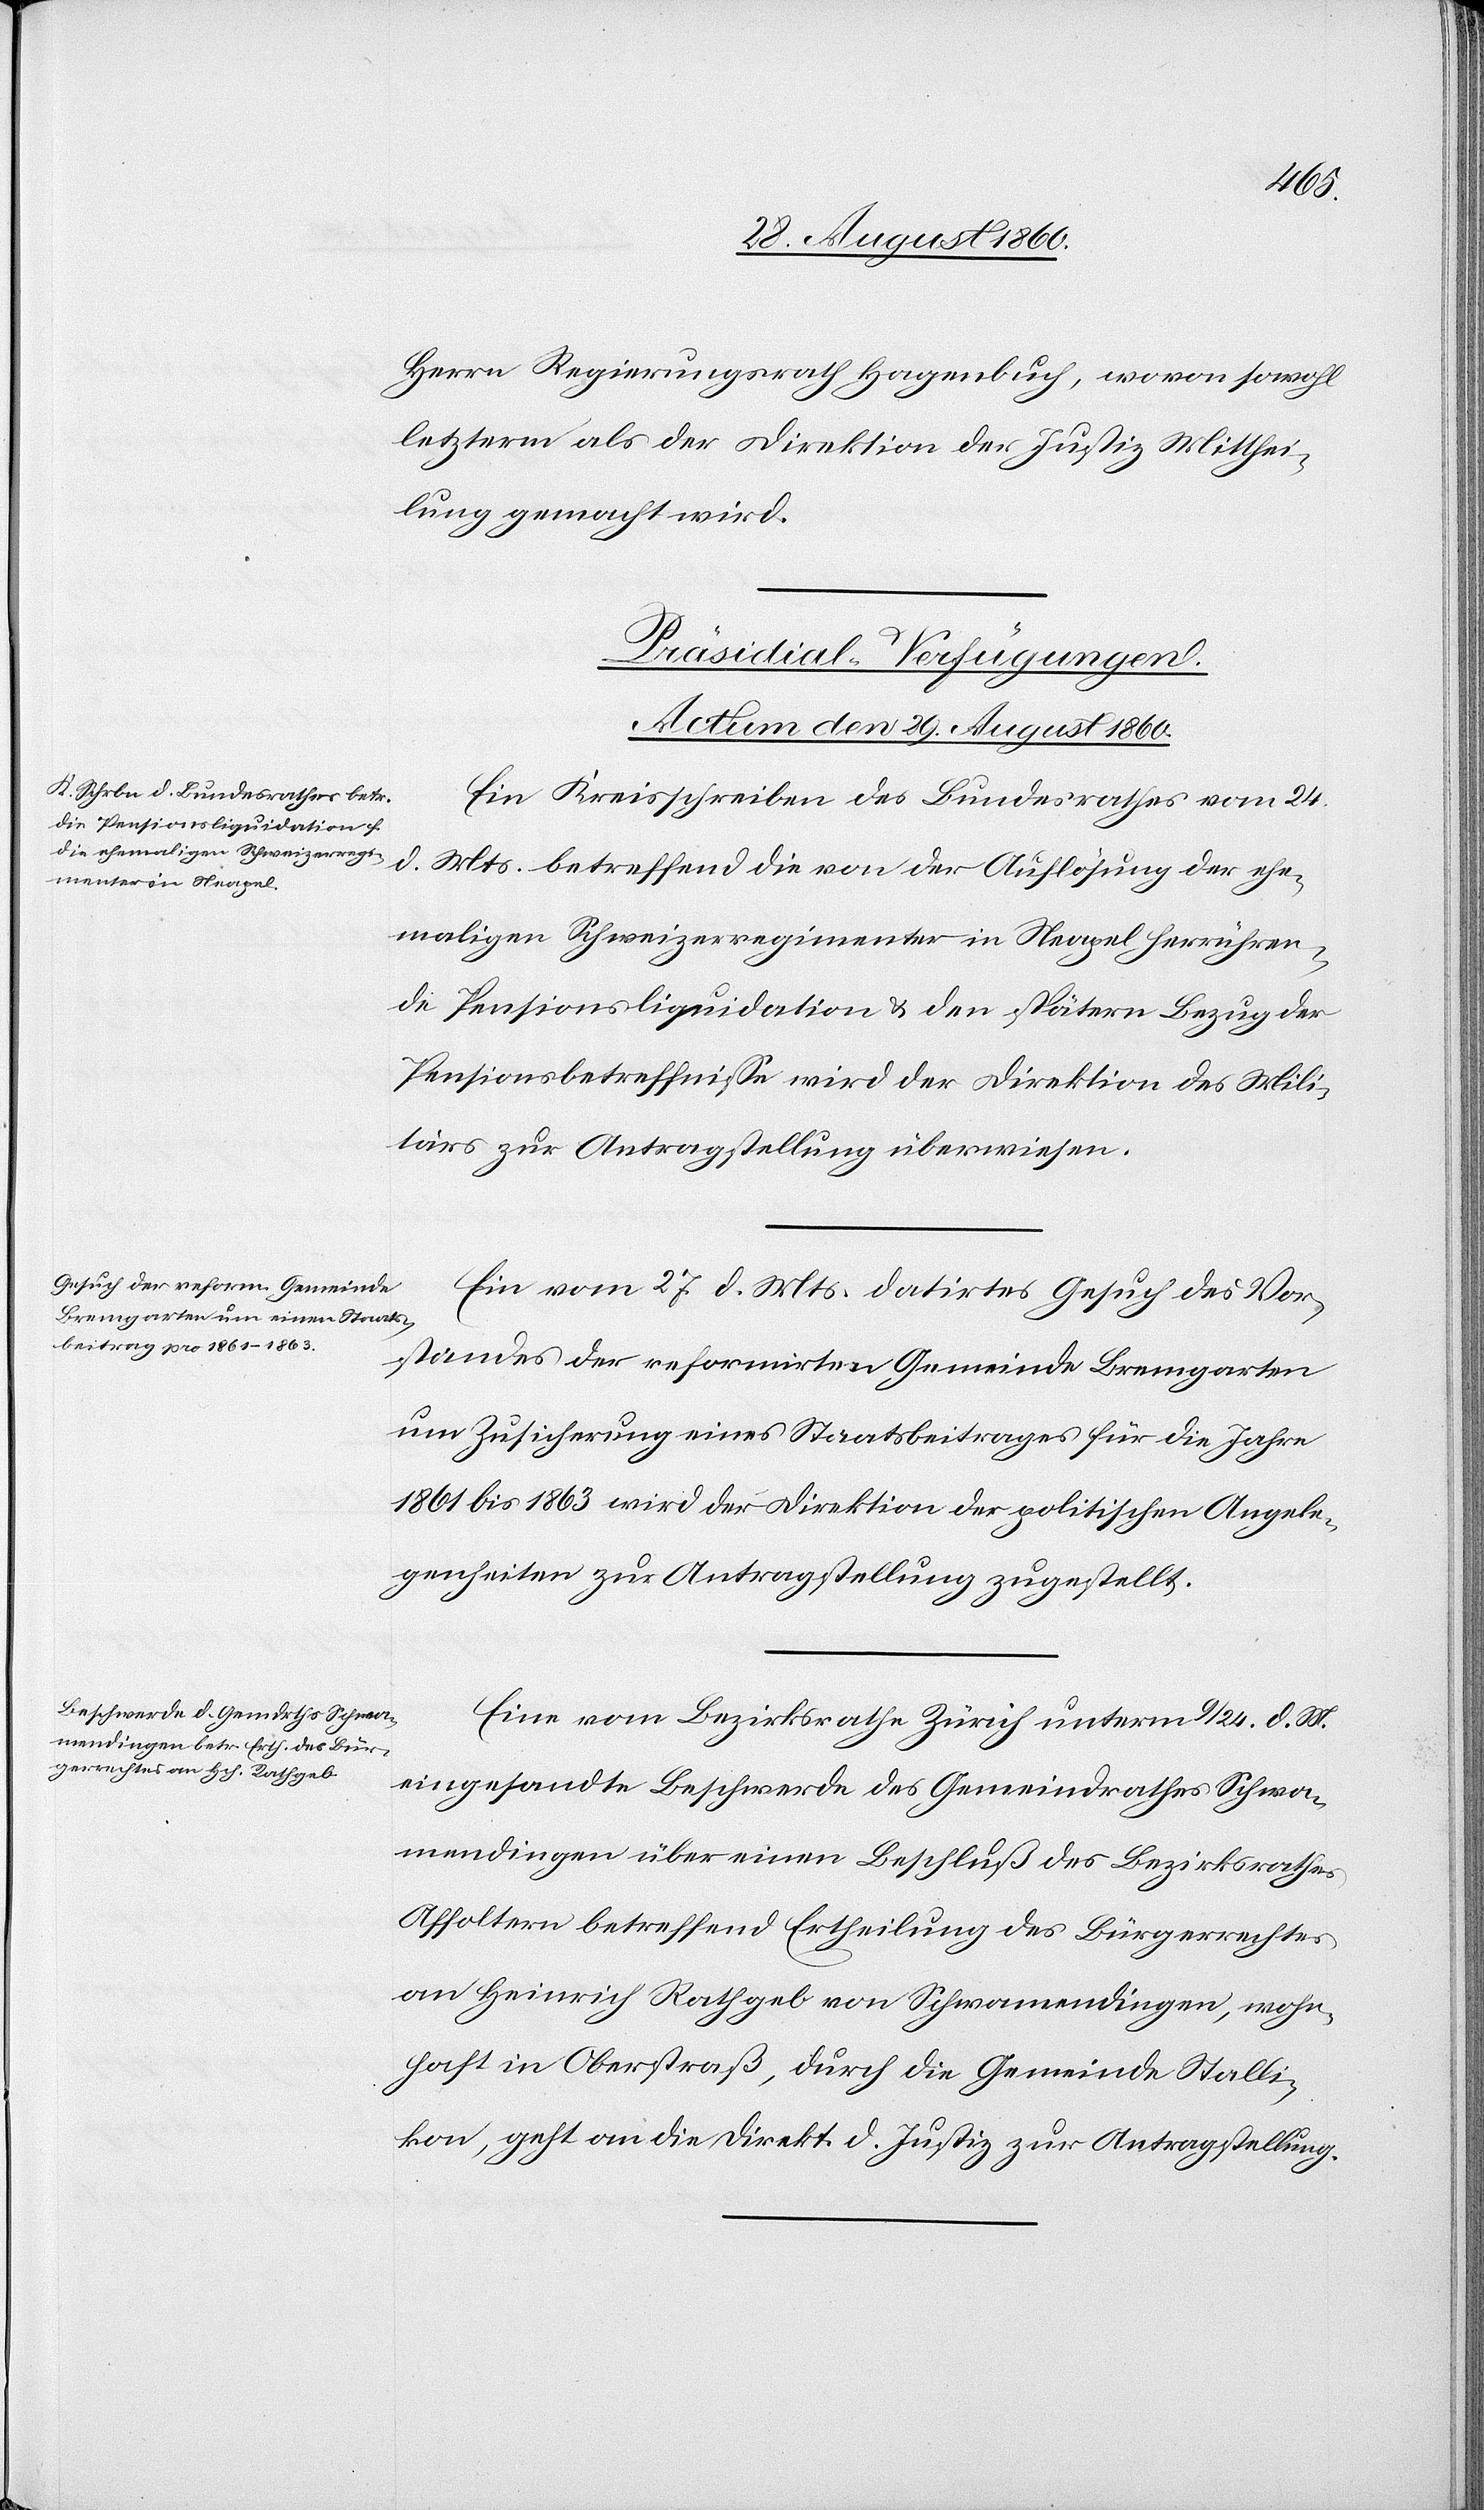
Herrn Regierungsrath Hagenbuch, wovon sowol
letzterm als der Direktion der Justiz Mitthei¬
lung gemacht wird.
[Praesidial-Verfügungen.
Actum den 29. August 1860.]
Ein Kreisschreiben des Bundesrathes vom 24.
d. Mts. betreffend die von der Auflösung der ehe¬
maligen Schweizerregimenter in Neapel herrühren¬
de Pensionsliquidation u. den spätern Bezug der
Pensionsbetreffnisse wird der Direktion des Mili¬
tärs zur Antragstellung überwiesen.
Ein vom 27. d. Mts. datirtes Gesuch des Vor¬
standes der reformirten Gemeinde Bremgarten
um Zusicherung eines Staatsbeitrages für die Jahre
1861 bis 1863 wird der Direktion der politischen Angele¬
genheiten zur Antragstellung zugestellt.
Eine vom Bezirksrathe Zürich unterm 9/24. d. Mts.
eingesandte Beschwerde des Gemeindrathes Schwa¬
mendingen über einen Beschluss des Bezirksrathes
Affoltern betreffend Ertheilung des Bürgerrechtes
an Heinrich Rathgeb von Schwamendingen, wohn¬
haft in Oberstrass, durch die Gemeine Stalli¬
kon geht an die Direktion der Justiz zur Antragstellung.